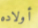
أولاده